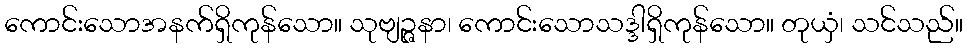
ကောင်းသောအနက်ရှိကုန်သော။ သုဗျဉ္ဇနာ၊ ကောင်းသောသဒ္ဒါရှိကုန်သော။ တုယှံ၊ သင်သည်။